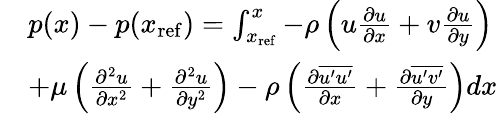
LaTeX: \begin{array}{rl}&{p(x)-p(x_{\mathrm{ref}})=\int_{x_{\mathrm{ref}}}^{x}{-\rho\left(u\frac{\partial u}{\partial x}+v\frac{\partial u}{\partial y}\right)}}\\ &{+\mu\left(\frac{\partial^{2}u}{\partial x^{2}}+\frac{\partial^{2}u}{\partial y^{2}}\right)-\rho\left(\frac{\partial\overline{{u^{\prime}u^{\prime}}}}{\partial x}+\frac{\partial\overline{{u^{\prime}v^{\prime}}}}{\partial y}\right)dx}\end{array}